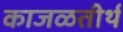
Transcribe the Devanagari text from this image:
काजळतीर्थ